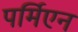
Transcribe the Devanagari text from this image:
पर्मिएन